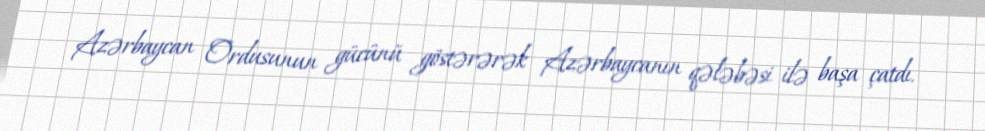
Azərbaycan Ordusunun gücünü göstərərək Azərbaycanın qələbəsi ilə başa çatdı.